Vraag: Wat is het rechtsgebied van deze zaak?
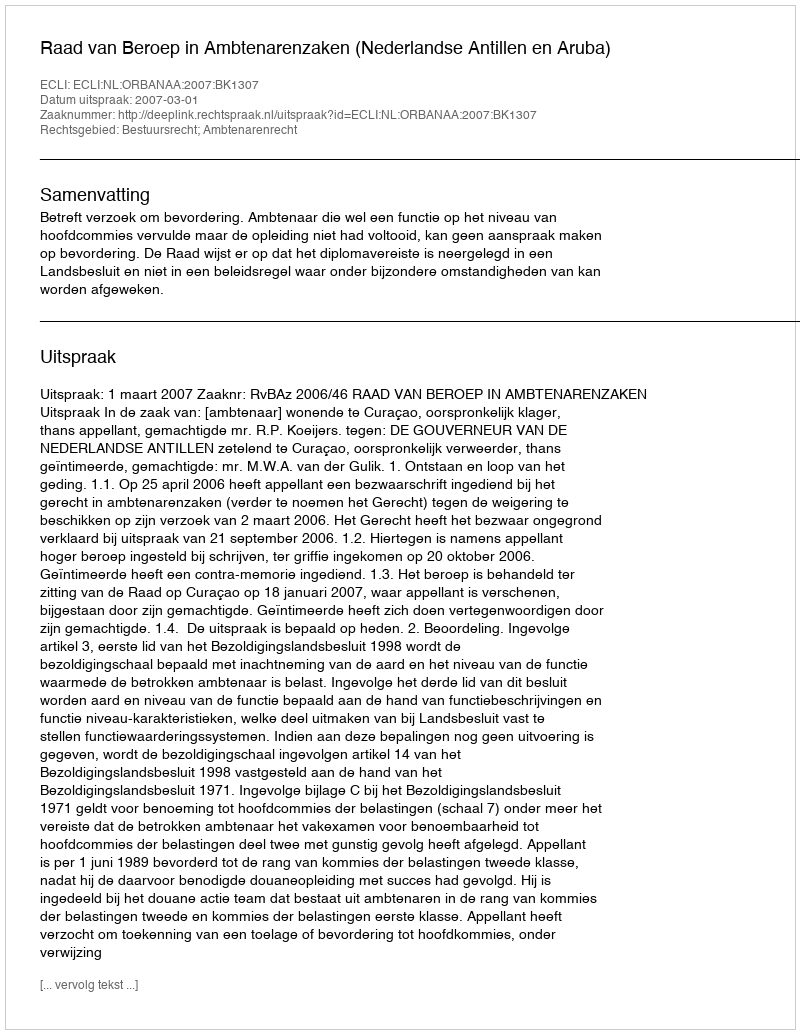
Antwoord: Bestuursrecht; Ambtenarenrecht